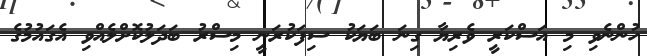
ހުންނެވި މި އަސްކަރީ ވެރިޔާ ގިނަ ބަޔަކު ސިފަކުރަނީ މިސްރު ބަދަލުކޮށްލެއްވި އެގައުމުގެ